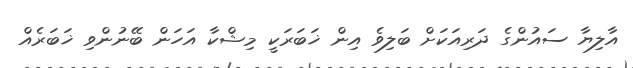
އާލިޔާ ސައުންގެ ދަރިއަކަށް ބަލިވެ އިން ޚަބަރަކީ މިޝްކާ އަހަން ބޭނުންވި ޚަބަރެއް